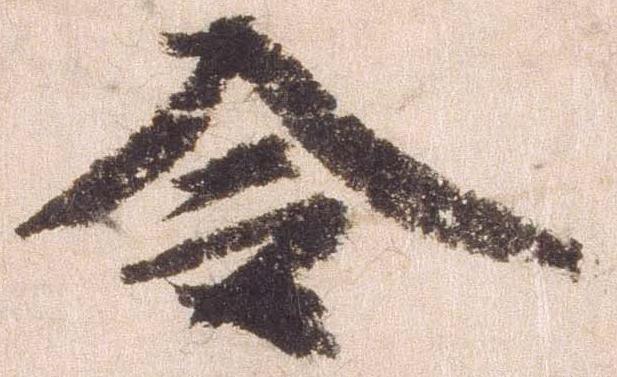
令